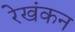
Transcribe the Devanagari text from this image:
रेखंकन